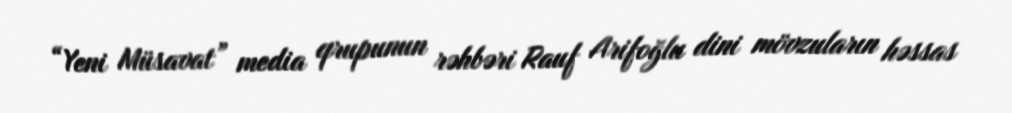
“Yeni Müsavat” media qrupunun rəhbəri Rauf Arifoğlu dini mövzuların həssas